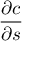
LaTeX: \frac { \partial c } { \partial s }